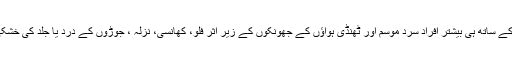
مگر اس کے باوجود سردیوں کی آمد کے ساتھ ہی بیشتر افراد سرد موسم اور ٹھنڈی ہواؤں کے جھونکوں کے زیر اثر فلو، کھانسی، نزلہ ، جوڑوں کے درد یا جلد کی خشکی جیسے مسائل کا شکار ہوجاتے ہیں۔